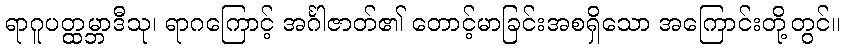
ရာဂူပတ္ထမ္ဘာဒီသု၊ ရာဂကြောင့် အင်္ဂါဇာတ်၏ တောင့်မာခြင်းအစရှိသော အကြောင်းတို့တွင်။